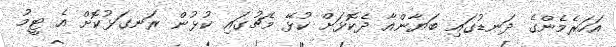
އަހަރެމެންގެ ދަނޑުގައި ބަޔާންއާ ދެކޮޅަށް ކުޅޭ މެޗުގައި ކުޅުން ރަނގަޅުކޮށް އެ ޓީމު